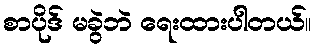
စာပိုဒ် မခွဲဘဲ ရေးထားပါတယ်။